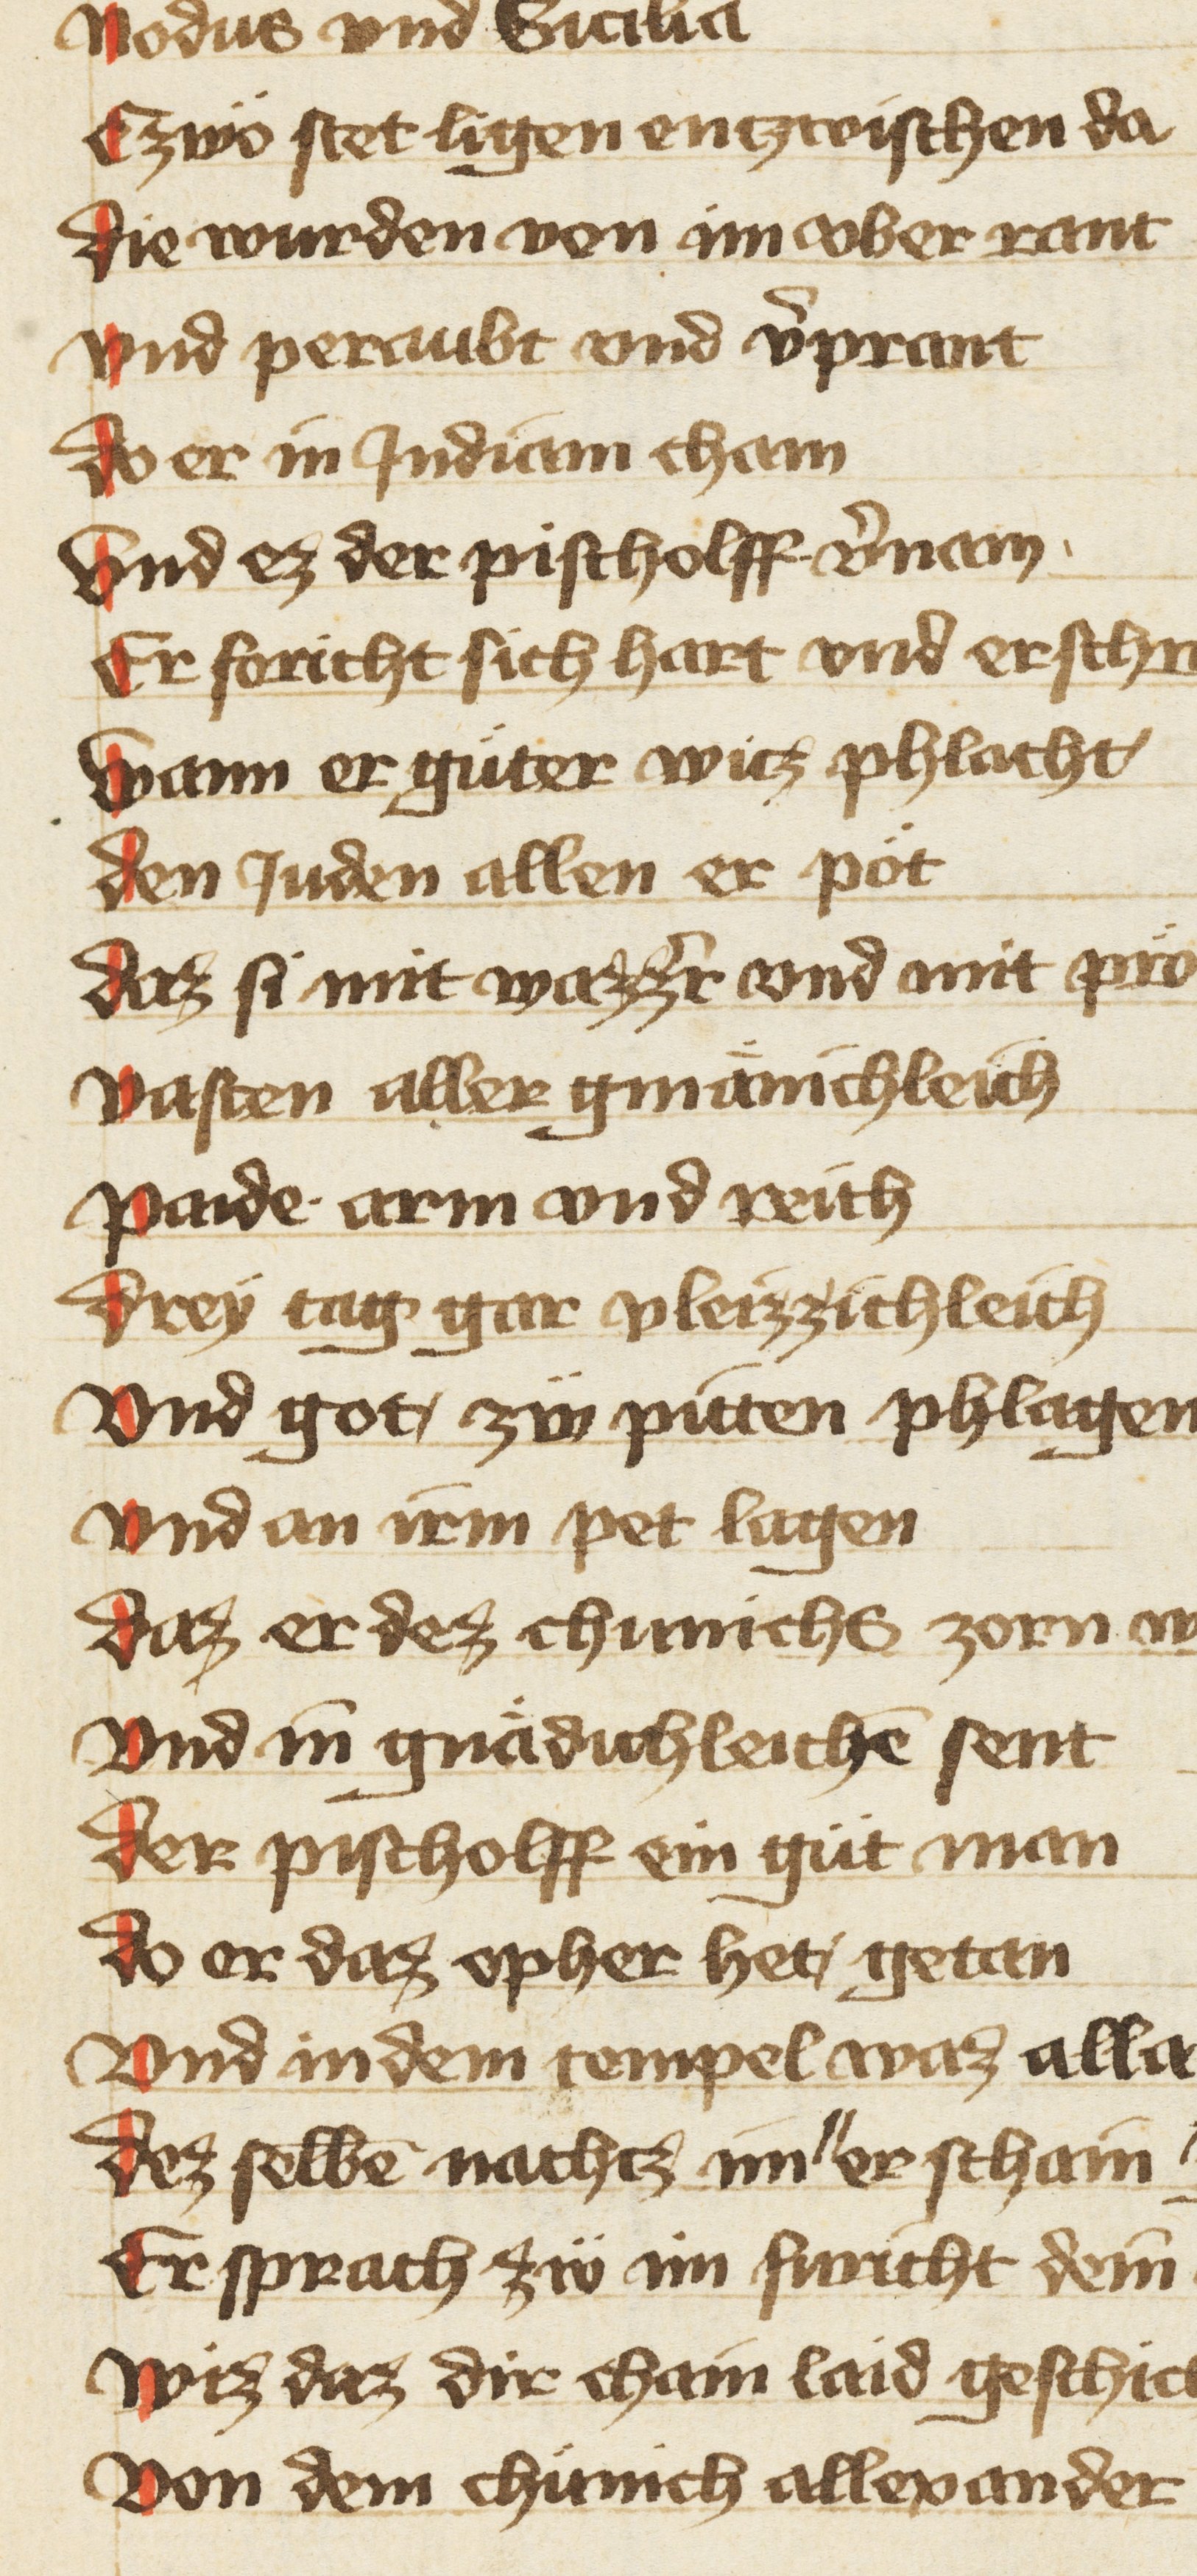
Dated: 1402–1402